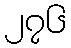
၂၇၆